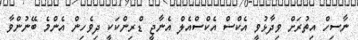
ނާސިހް އިތުރަށް ވިދާޅުވީ އެކްސް އެކްސްއެލް އެނާޖީ ޑްރިންކަކީ ދިވެހިން އެންމެ ބޭނުންވާ